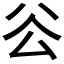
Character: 𠫥